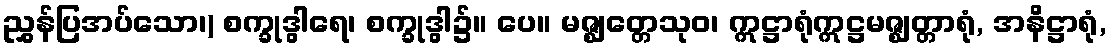
ညွှန်ပြအပ်သော၊) စက္ခုဒွါရေ၊ စက္ခုဒွါ၌။ ပေ။ မဇ္ဈတ္တေသုဝ၊ ဣဋ္ဌာရုံဣဋ္ဌမဇ္ဈတ္တာရုံ, အနိဋ္ဌာရုံ,